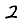
Digit: 2